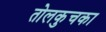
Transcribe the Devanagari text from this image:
तोलकुचका